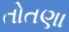
તોતણા